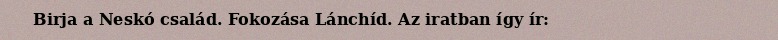
Birja a Neskó család. Fokozása Lánchíd. Az iratban így ír: